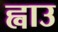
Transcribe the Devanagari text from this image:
ह्वाउ